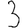
Digit: 3